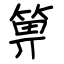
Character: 箅